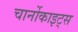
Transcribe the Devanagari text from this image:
चार्नोकाइट्स